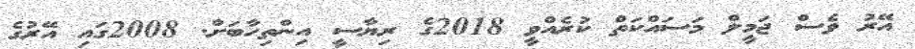
އޭރު ވެސް ޖަމީލް މަސައްކަތް ކުރެއްވީ 2018ގެ ރިޔާސީ އިންތިހާބަށް. 2008ގައި އޭރުގެ